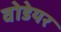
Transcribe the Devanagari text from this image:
वोडेयर